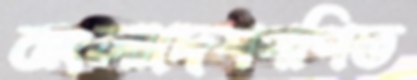
বাংলাদেশগণিত